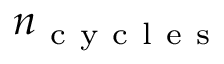
n _ { \mathrm { ~ c ~ y ~ c ~ l ~ e ~ s ~ } }